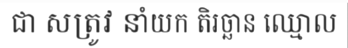
ជា សត្រូវ នាំយក តិរច្ឆាន ឈ្មោល